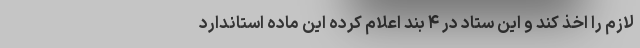
لازم را اخذ کند و این ستاد در ۴ بند اعلام کرده این ماده استاندارد